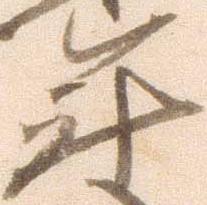
年